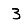
Digit: 3